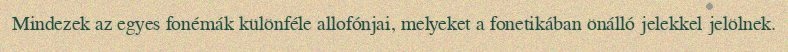
Mindezek az egyes fonémák különféle allofónjai, melyeket a fonetikában önálló jelekkel jelölnek.